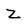
Character: Z